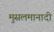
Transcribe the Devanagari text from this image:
मुसलमानादी